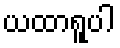
ယထာရူပါ